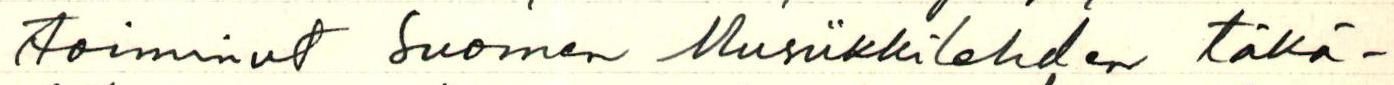
toiminut Suomen Musiikkilehden täkä-